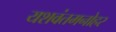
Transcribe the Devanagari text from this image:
यशवंतमनोहर